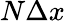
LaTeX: N\Delta x